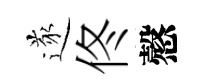
遂佟慤